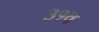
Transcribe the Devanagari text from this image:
३१व